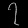
Digit: ၇